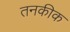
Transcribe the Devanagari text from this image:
तनकीक